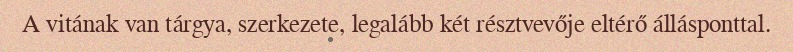
A vitának van tárgya, szerkezete, legalább két résztvevője eltérő állásponttal.